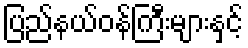
ပြည်နယ်ဝန်ကြီးများနှင့်